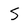
Character: S